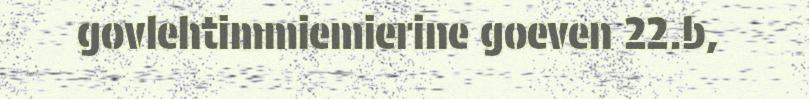
govlehtimmiemierine goeven 22.b,